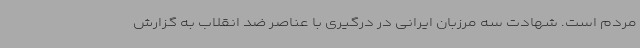
مردم است. شهادت سه مرزبان ایرانی در درگیری با عناصر ضد انقلاب به گزارش